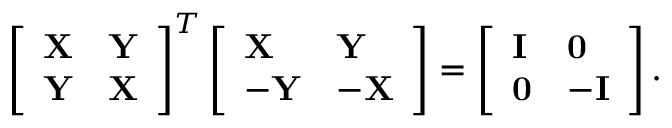
\left[ \begin{array} { l l } { \mathbf { X } } & { \mathbf { Y } } \\ { \mathbf { Y } } & { \mathbf { X } } \end{array} \right] ^ { T } \left[ \begin{array} { l l } { \mathbf { X } } & { \mathbf { Y } } \\ { \mathbf { - Y } } & { \mathbf { - X } } \end{array} \right] = \left[ \begin{array} { l l } { \mathbf { I } } & { \mathbf { 0 } } \\ { \mathbf { 0 } } & { \mathbf { - I } } \end{array} \right] .